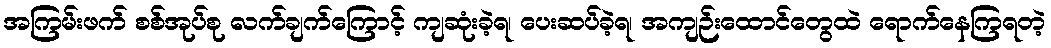
အကြမ်းဖက် စစ်အုပ်စု လက်ချက်ကြောင့် ကျဆုံးခဲ့ရ၊ ပေးဆပ်ခဲ့ရ၊ အကျဉ်းထောင်တွေထဲ ရောက်နေကြရတဲ့